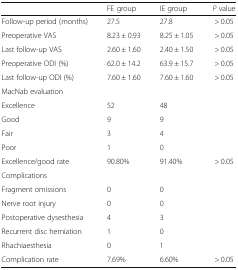
|  | FE group | IE group | P value |
 | --- | --- | --- | --- |
 | Follow-up period (months) | 27.5 | 27.8 | > 0.05 |
 | Preoperative VAS | 8.23 ± 0.93 | 8.25 ± 1.05 | > 0.05 |
 | Last follow-up VAS | 2.60 ± 1.60 | 2.40 ± 1.50 | > 0.05 |
 | Preoperative ODI (%) | 62.0 ± 14.2 | 63.9 ± 15.7 | > 0.05 |
 | Last follow-up ODI (%) | 7.60 ± 1.60 | 7.60 ± 1.60 | > 0.05 |
 | MacNab evaluation |  |  |  |
 | Excellence | 52 | 48 |  |
 | Good | 9 | 9 |  |
 | Fair | 3 | 4 |  |
 | Poor | 1 | 0 |  |
 | Excellence/good rate | 90.80% | 91.40% | > 0.05 |
 | Complications |  |  |  |
 | Fragment omissions | 0 | 0 |  |
 | Nerve root injury | 0 | 0 |  |
 | Postoperative dysesthesia | 4 | 3 |  |
 | Recurrent disc herniation | 1 | 0 |  |
 | Rhachiaesthesia | 0 | 1 |  |
 | Complication rate | 7.69% | 6.60% | > 0.05 |